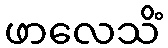
ဖာလေသိံ